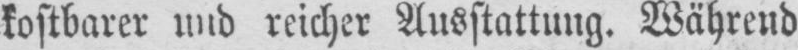
kostbarer und reicher Ausstattung. Während